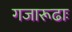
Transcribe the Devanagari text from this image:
गजारूढाः